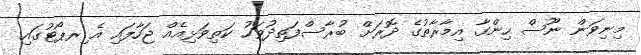
މިނިވަން ނޫސް ހިންގާ އިމާރާތުގެ ދޮރަށް ބުރާސްފަތިދުވަހު ކަތިވަޅިއެއް ޖަހާފައި އެ ިރޕޯޓުގައި